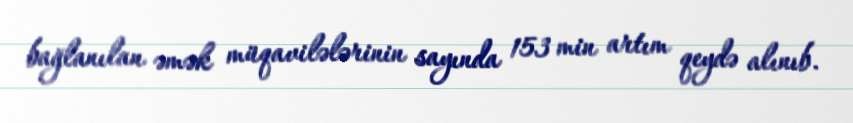
bağlanılan əmək müqavilələrinin sayında 153 min artım qeydə alınıb.